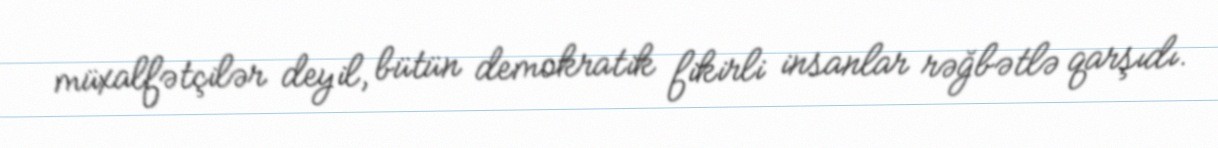
müxalfətçilər deyil, bütün demokratik fikirli insanlar rəğbətlə qarşıdı.